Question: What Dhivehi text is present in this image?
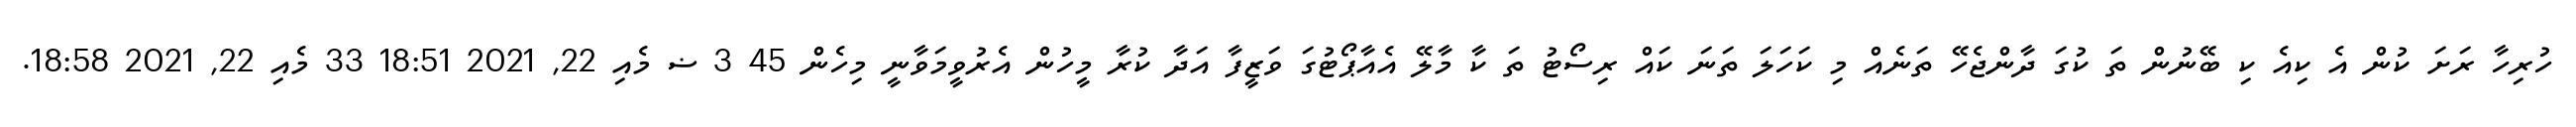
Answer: ހުރިހާ ރަށަ ކުން އެ ކިއެ ކި ބޭނުން ތަ ކުގަ ދާންޖެހޭ ތަނެއް މި ކަހަލަ ތަނަ ކައް ރިސޯޓު ތަ ކާ މާލޭ އެއާޕޯޓުގަ ވަޒީފާ އަދާ ކުރާ މީހުން އެރުވީމަވާނީ މިހެން 45 3 ޟ މެއި 22, 2021 18:51 33 މެއި 22, 2021 18:58.